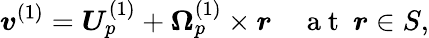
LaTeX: \boldsymbol{v}^{(1)}=\boldsymbol{U}_{p}^{(1)}+\boldsymbol{\Omega}_{p}^{(1)}\times\boldsymbol{r}\quad\mathrm{~a~t~\ }\boldsymbol{r}\in S,